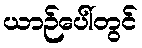
ယာဉ်ပေါ်တွင်